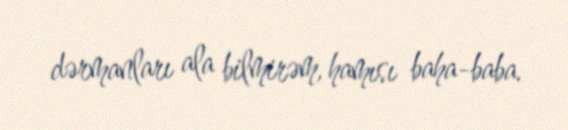
dərmanları ala bilmirəm, hamısı baha-baba.